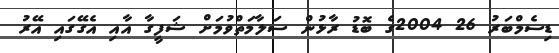
ޑިސެމްބަރު 26 2004ގެ ބޮޑު ރާޅުން ސަލާމަތްވުމަށް ޝަފީގާ އާއި އެގޭގައި އޭރު